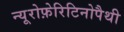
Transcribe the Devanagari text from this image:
न्यूरोफ़ेरिटिनोपैथी